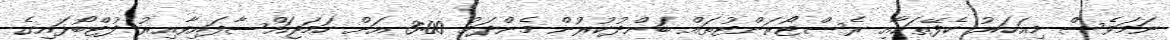
ނަމަވެސް މިއަހަރު ކެފޭތަކާއި ރެސްޓޯރަންޓުތައް ބަންދުކުރުން މެންދަމު 3:00 އަށް ހަމަޖައްސާފައިވާއިރު ފުޓްބޯޅައިގެ